Report on vaccination North-West Frontier Province 1904-1922 - 1904-1922
Year: 1904
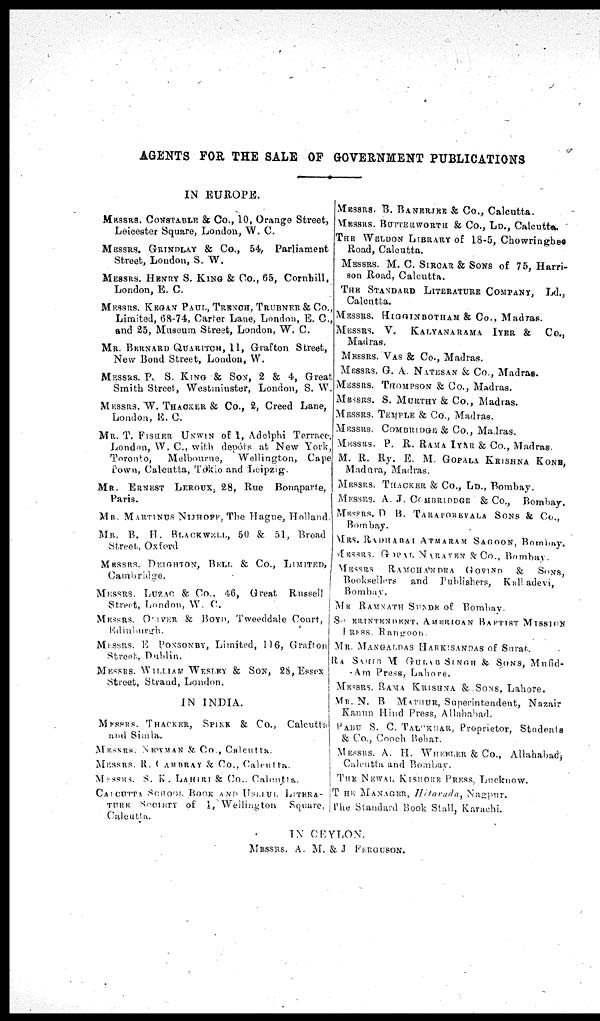
AGENTS FOR THE SALE OF GOVERNMENT PUBLICATIONS
IN EUROPE.
MESSRS. CONSTABLE & Co., 10, Orange Street,
Leicester Square, London, W. C.
MESSRS. GRINDLAY & Co., 54, Parliament
Street, London, S. W.
MESSRS. HENRY S. KING & Co., 65, Cornhill,
London, E. C.
MESSRS. KEGAN PAUL, TRENCH, TRUBNER& Co.,
Limited, 68-74, Carter Lane, London, E. C,
and 25, Museum Street, London, W. C.
MR. BERNARD QUARITCH, 11, Grafton Street,
New Bond Street, London, W.
MESSRS. P. S. KING & SON, 2 & 4, Great
Smith Street, Westininster, London, S. W.
MESSRS. W. THACKER & Co., 2, Creed Lane,
London, E. C.
MR. T. FISHER UNWIN of 1, Adelphi Terrace,
London, W. C, with depôts at New York,
Toronto,
Melbourne,
Wellington, Cape
Town, Calcutta, Tokio and Leipzig.
MR. ERNEST LEROUX, 28, Rue Bonaparte,
Paris.
MR. MARTINUS NIJHOFF, The Hague, Holland.
MR. B. H. BLACKWELL, 50 & 51, Broad
Street., Oxford
MESSRS. DEIGHTON, BELL & Co., LIMITED,
Cambridge.
MESSRS. LUZAC & Co., 46, Great
Russell
Street, London, W. C.
MESSRS. OLIVER & BOYD, Tweeddale Court,
Edinburgh.
MESSRS. E PONSONBY, Limited, 116, Grafton
Street, Dublin.
MESSRS. WILLAM WESLEY & SON, 28,Essex
Street, Strand, London.
IN INDIA.
MESSRS. THACKER, SPINK & Co., Calcutta
and Simla.
MESSRS. NEWMAN & Co., Calcutta.
MESSRS. R. ( AMBRAY & Co.,Calcutta.
MESSRS. S. K. LAHIRI & Co.. Calcutta.
CALCUTTA SCHOOL BOOK AND USEFUL LITERA¬
TURE SOCIETY of 1,Wellington
Square,
Calcutta.
MESSRS. B. BANERJEE & Co., Calcutta.
MESSRS. BUTTERWORTH & Co., LD., Calcutta.
THE WELDON LIBRARY of 18-5, Chowringhes
Road, Calcutta.
MESSRS. M. C. SIRCAR & SONS of 75, Harri-
son Road, Calcutta.
THE STANDARD LITERATURE COMPANY, Ld.,
Calcutta.
MESSRS. HIGGINBOTHAM & Co., Madras.
MESSRS. V.
KALYANARAMA IYER &
Co.,
Madras.
MESSRS. VAS & Co., Madras.
MESSRS. G. A. NATESAN & Co., Madras.
MESSRS. THOMPSON & Co., Madras.
MESSRS. S. MURTHY & Co., Madras.
MESSRS. TEMPLE & Co., Madras.
MESSRS. COMBRIDGE & Co., Madras.
MESSRS. P. R. RAMA IYAR & Co., Madras.
M. R. Ry. E. M. GOPALA KRISHNA KONS,
Madura, Madras.
MESSRS. THACKER & Co., LD., Bombay.
MESSRS. A. J. COMBRIDDGE & Co., Bombay.
MESSRS. D B. TARAPOREVALA SONS & Co.,
Bombay.
MRS. RADHABAI ATMARAM SAGOON, Bombay.
MESSRS. GOPAL NARAYEN &Co., Bombay.
MESSRS
RAMCHANDRA GOVIND & SONS,
Booksellers
and Publishers,
Kalladevi,
Bombay.
MR RAMNATH SUNDE of Bombay.
SUPERINTENDENT, AMERICAN BAPTIST MISSION
PRESS. Rangoon .
MR. MANGALDAS HARKISANDAS of Surat.
RA SAHIB M GULAB SINGE & SONS, Mufid¬
-Am Press, Lahore.
MESSRS. RAMA KRISHNA & SONS, Lahore.
MR. N. B MATHUR, Superintendent, Nazair
Kanun Hind Press, Allahabad.
BABU S. C. TALUKDAR, Proprietor, Students
& Co., Cooch Behar.
MESSRS. A. H. WHEELER & Co., Allahabad,
Calcutta and Bombay.
THE NEWAL, KISHORE PRESS, Lucknow.
THE MANAGER, Hitarada,
Nagpur.
The Standard Book Stall, Karachi.
IN CEYLON.
MESSRS. A. M. & J FERGUSON.